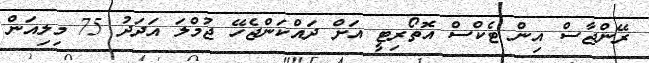
ރޭންޖާސް އިން ޓެކްސް އޮތޯރިޓީ އަށް ދައްކަންޖެހޭ ޖުމްލަ އަދަދު 75 މިލިއަން